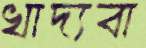
খাদ্যবা